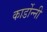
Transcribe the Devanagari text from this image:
कार्डोन्‍नी